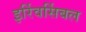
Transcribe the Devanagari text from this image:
इर्रिवर्सिबल